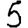
Digit: 5